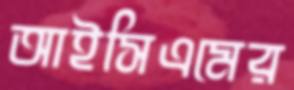
আইসিএমের